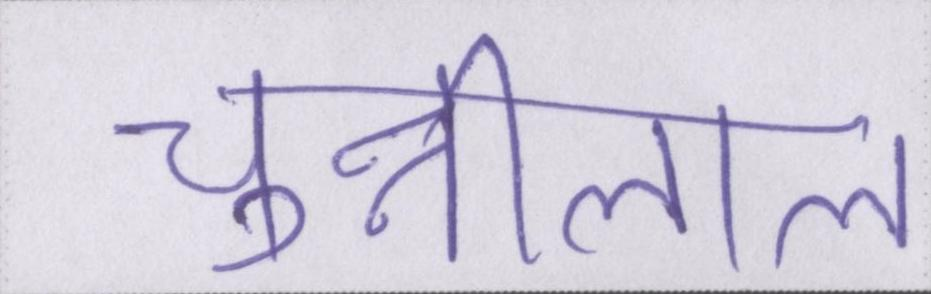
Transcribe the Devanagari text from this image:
चुन्नीलाल